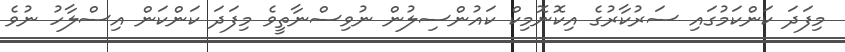
މިފަދަ ކަންކަމުގައި ސަރުކާރުގެ އިކޮނޮމިކް ކައުންސިލުން ނުވިސްނާތީވެ މިފަދަ ކަންކަން އިސްލާހު ނުވެ